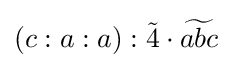
(c:a:a):{\tilde {4}}\cdot {\widetilde {abc}}